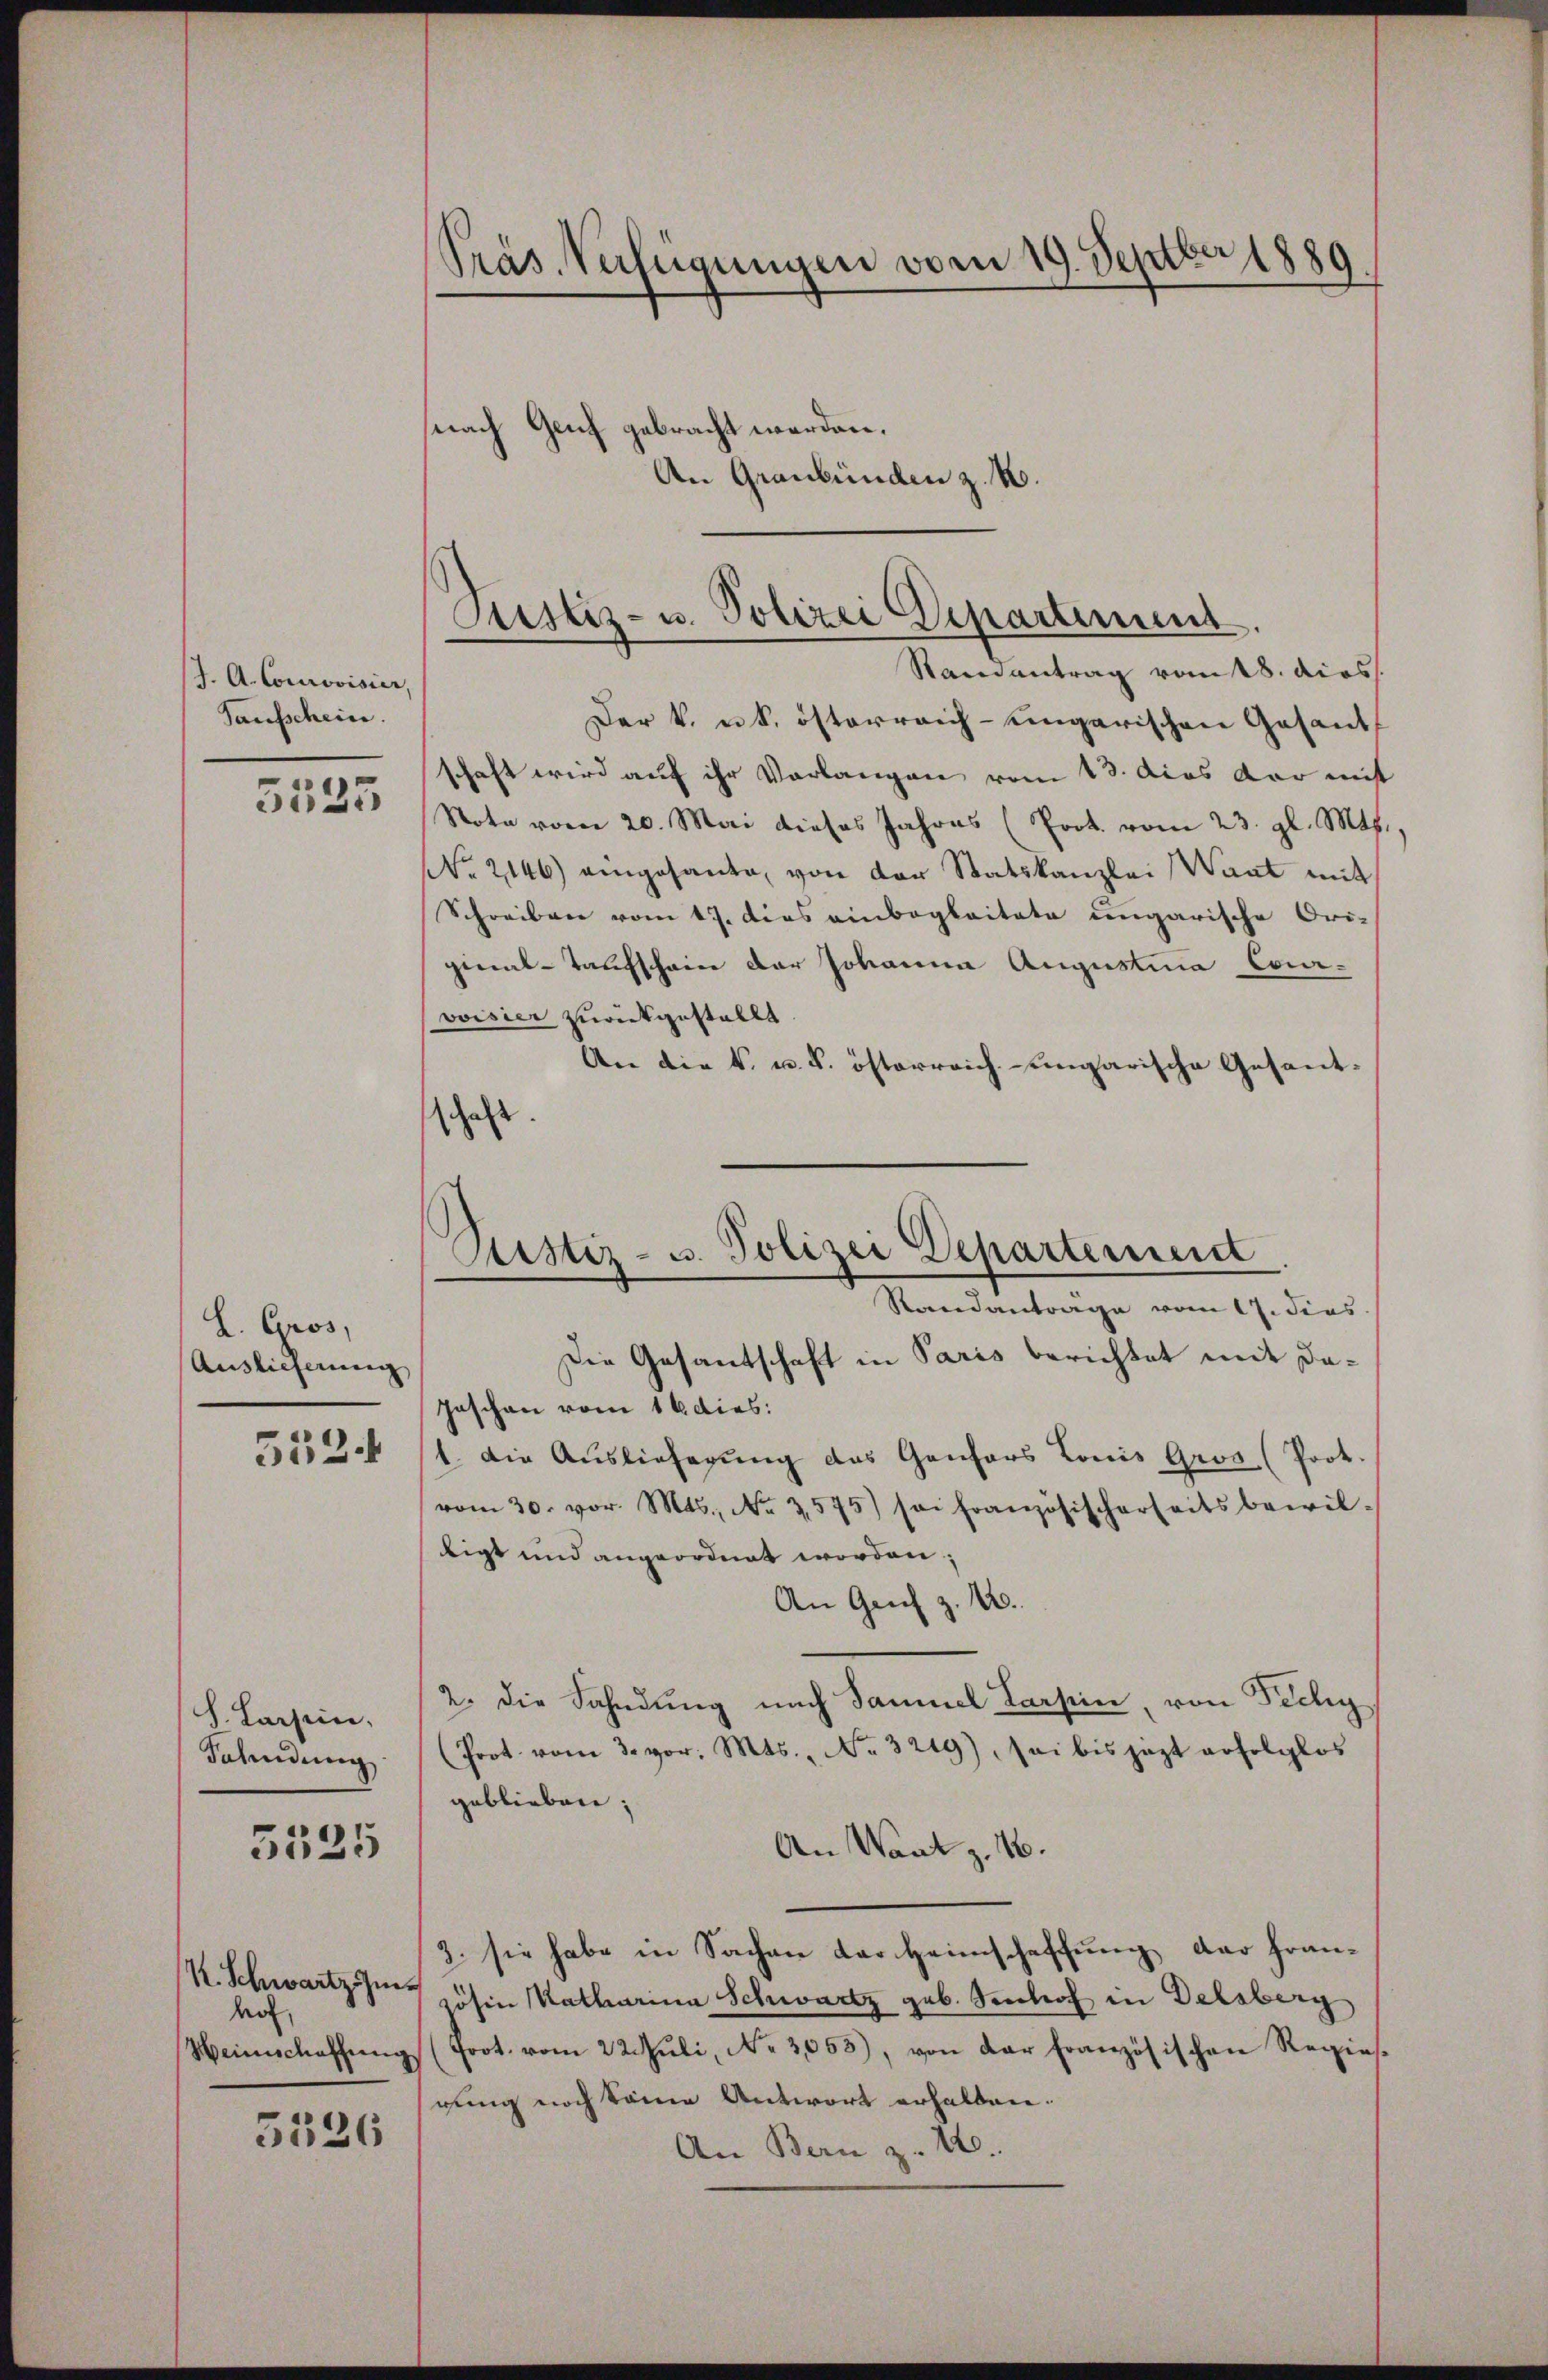
J. A. Corrovisier,
Sausschein.

5533

L. Gros,
Auslieferung,

5524

S. Lassen,
Fahndung.

3125

R. Schwartz im
hof,
Heinschaffung

5326

Präs. Verfügungen vom 19. Septber 1889.

nach Genf gebracht werden.
An Graubünden z. B.

Der k. u. k. österreich-ungarischen Gesandt
schaft wird auf ihr Vorlangen vom 13. das dar mit
Note vom 20. Mai dieses Jahres (Prot. vom 23. gl. Mts.,
NNo. 2146) eingesante, von der Statskanzlei Wart mit
Schreiben vom 17. dies einbegleitete ungarische Ori-
ginal-Taufschein der Johanne Augustina Cavoisier zurückgestellt
An die k. u. k. österreich-ungarische Gesandschaft
Die Gesantschaft in Paris berichtet mit da¬
Jaschen vom 16 dies:
1. Die Auslieferung des Gantars Louis Gros (Prot.
vom 30. vor. Mts., Nr. 3575) sei französischerheitsbewil-
ligt und angeordnet worden;
An Genf z. B.
2. die Fahndung nach Sammel Larsein, von Fichy
(Prot. vom 3. vor. Mts., No. 3219), sei bis jezt erfolglos
geblieben;
An Waatz. 16.
2. sie habe in Sachen der Heimschaffung der fransohin Katharina Schwartz geb. Tenhof in Delsberg
Prot. vom 22. Juli, No. 3053), von der französischen Regiesrung noch keine Antwort erhalten.
An Bern z. 12.

Justiz- u. Polizei Departement
Randantrag vom 18. dies

Ristiz- u. Polizei Departement
Standantrage vom 17. dies